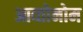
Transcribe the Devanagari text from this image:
आव्तोनोम